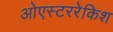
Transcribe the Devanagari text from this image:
ओएस्टररेकिश